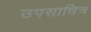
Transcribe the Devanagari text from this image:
उपसाधित्र